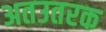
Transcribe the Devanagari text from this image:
अतउतरक